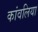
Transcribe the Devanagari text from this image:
कांवलिया